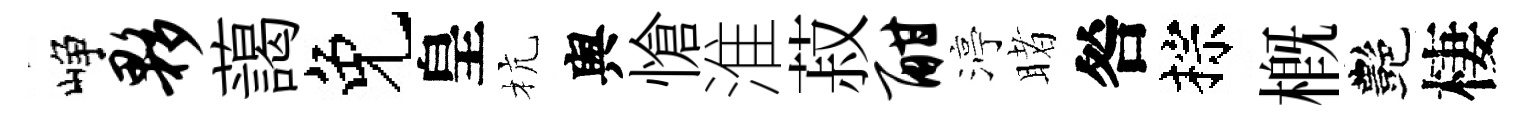
峥夥藹免皇杭舆愴淮菽酣渟睹咎棕槪艷棲